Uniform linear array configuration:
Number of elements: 32
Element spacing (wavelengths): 0.5
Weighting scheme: cosine
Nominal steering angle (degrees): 30
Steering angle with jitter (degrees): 30.295
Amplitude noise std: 0.05
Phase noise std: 0.05

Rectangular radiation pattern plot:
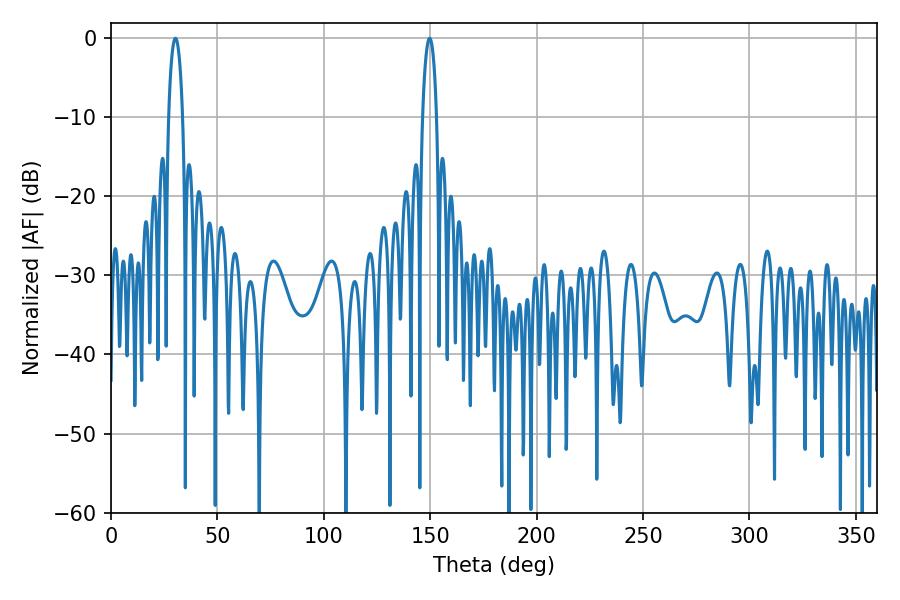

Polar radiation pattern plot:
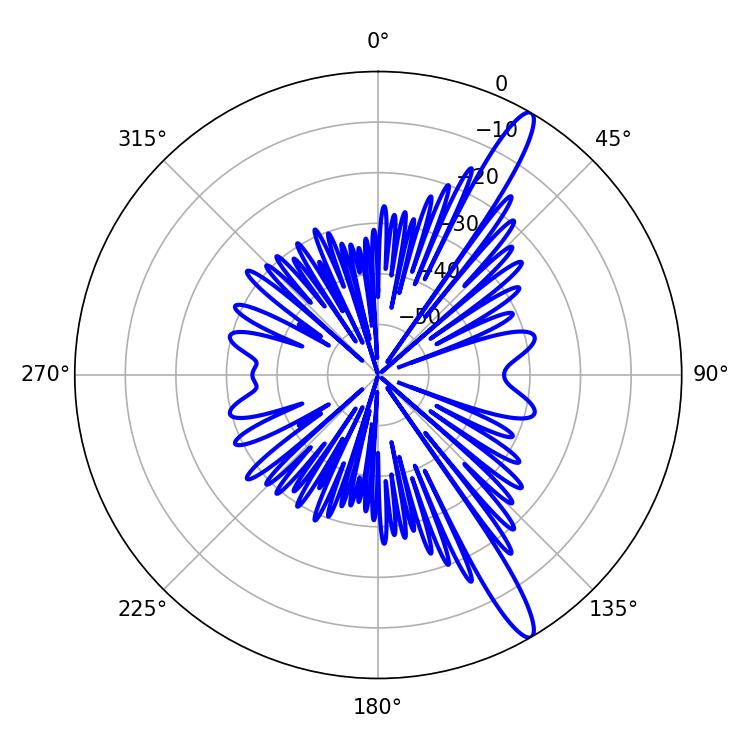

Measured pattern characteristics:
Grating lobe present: FALSE
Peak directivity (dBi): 14.353
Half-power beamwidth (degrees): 3.78
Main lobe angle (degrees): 149.76